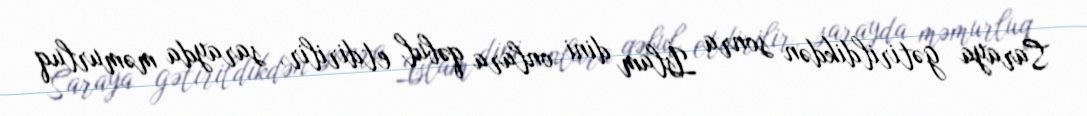
Saraya gətirildikdən sonra İslam dini onlara qəbul etdirilir, sarayda məmurluq